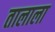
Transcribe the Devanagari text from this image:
तालाला